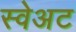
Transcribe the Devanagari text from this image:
स्वेअट